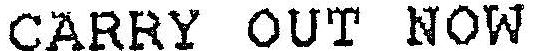
CARRY OUT NOW